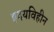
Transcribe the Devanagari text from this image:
हृदयविहीन